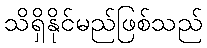
သိရှိနိုင်မည်ဖြစ်သည်